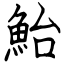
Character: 鮐